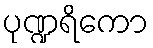
ပုဏ္ဍရိကော